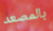
بالمصعد